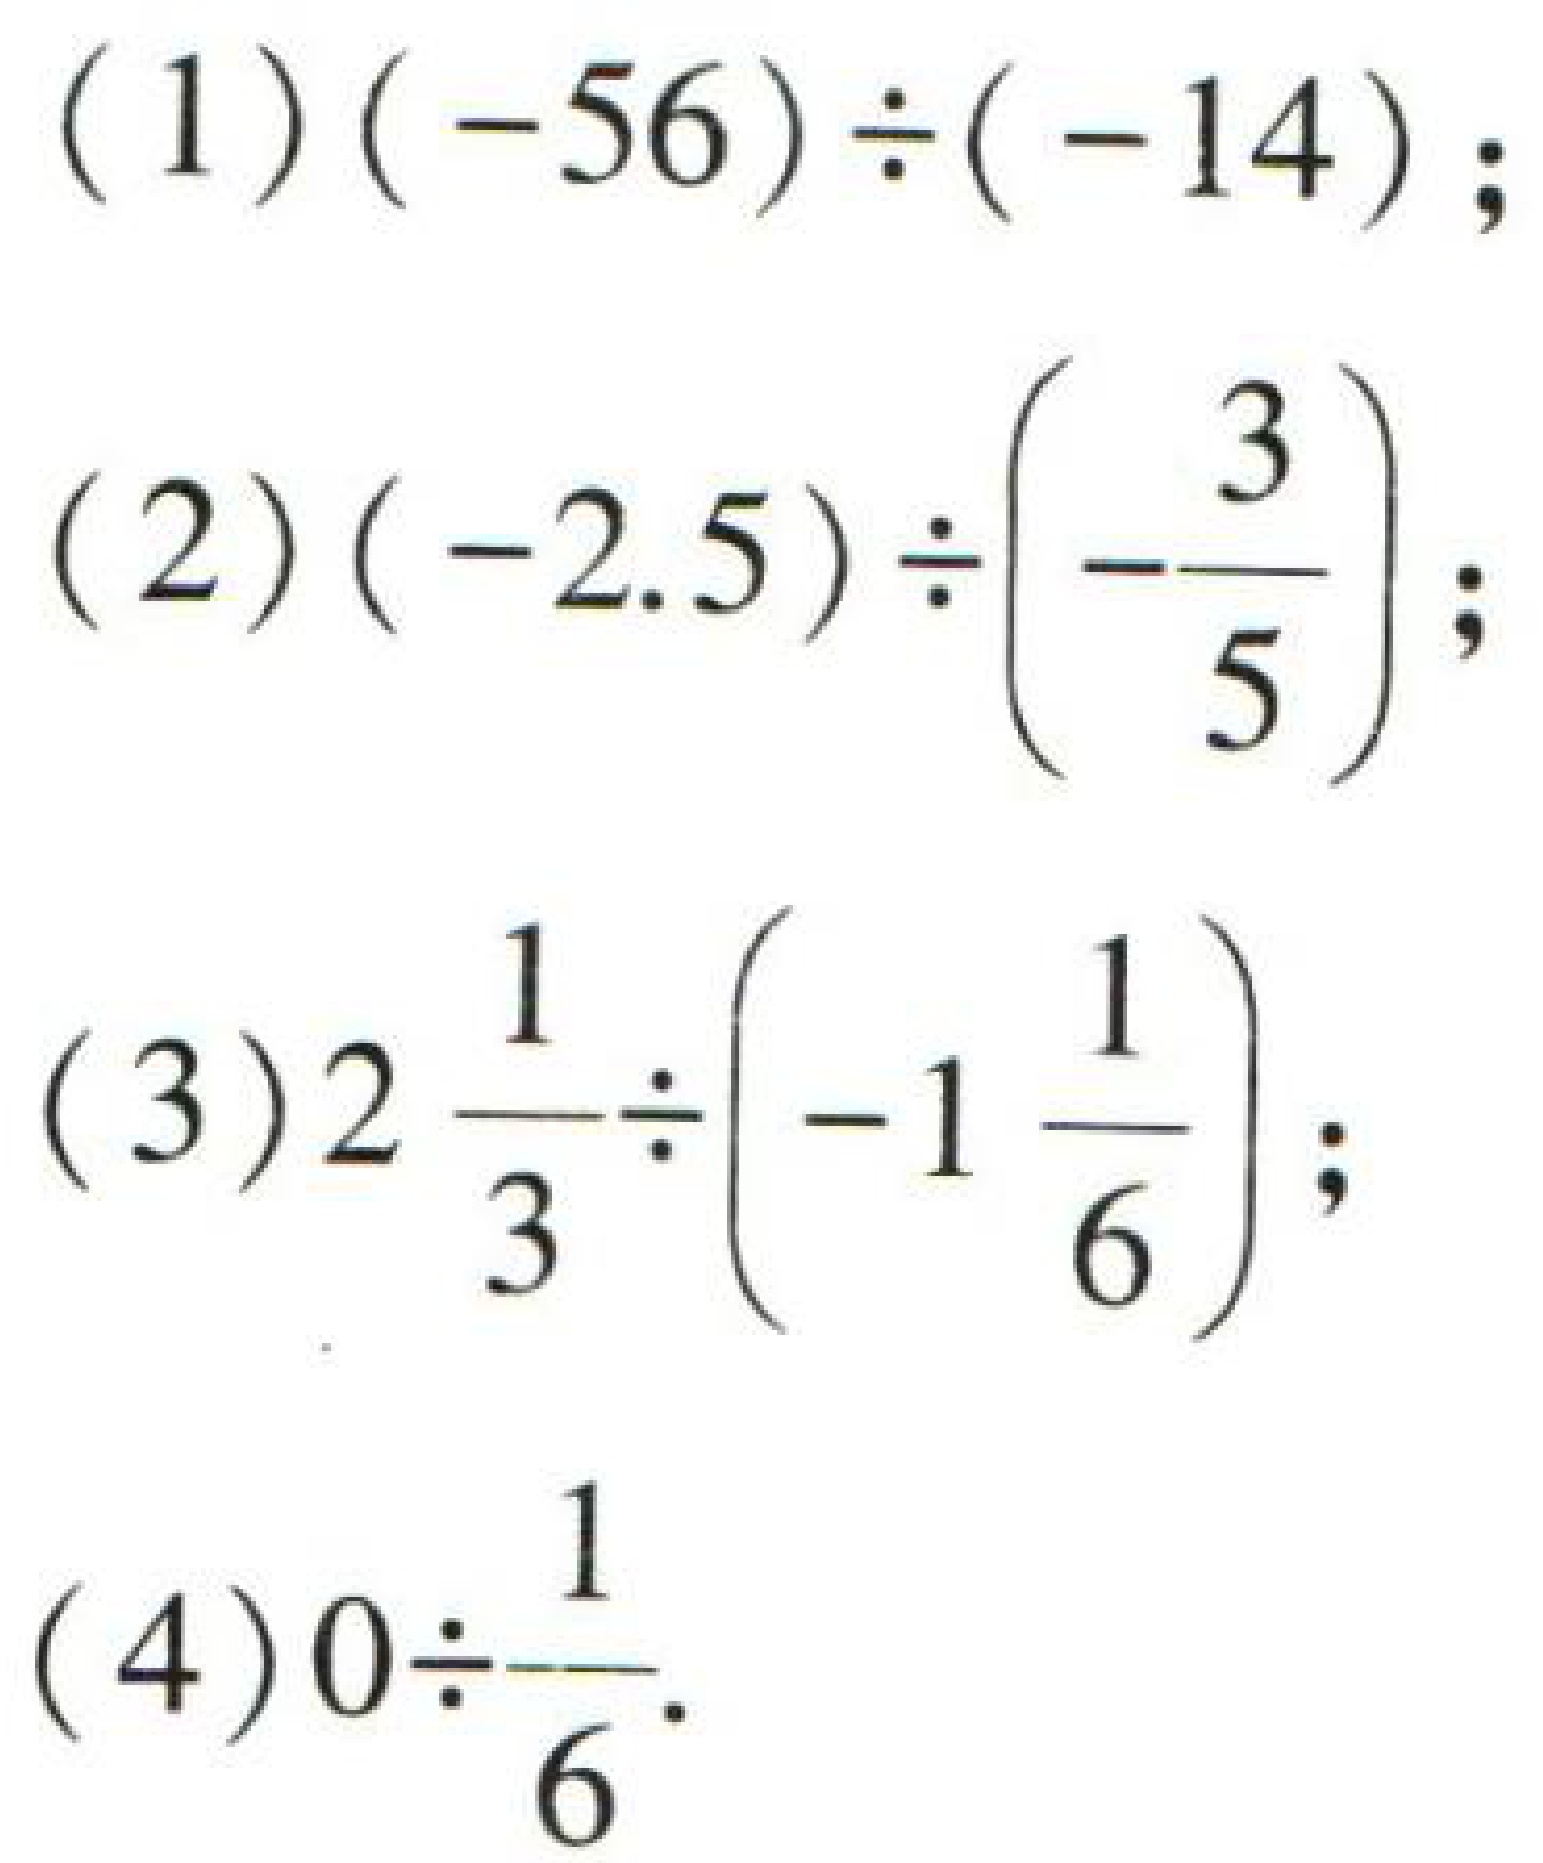
(1) \((-56)\div(-14)\);
(2) \((-2.5)\div\left(-\dfrac{3}{5}\right)\);
(3) \(2\dfrac{1}{3}\div\left(-1\dfrac{1}{6}\right)\);
(4) \(0\div\dfrac{1}{6}\).